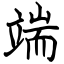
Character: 端